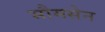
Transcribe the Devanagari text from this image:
भौमसेन